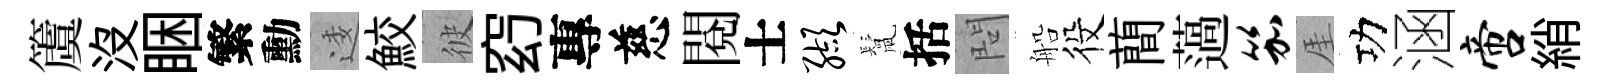
𥵂没睏繁勳逶鮫彼𥥆專慈閲士缬鬛括問船役蕳薖笳厓功涵啻綃